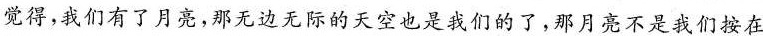
觉得，我们有了月亮，那无边无际的天空也是我们的了，那月亮不是我们按在